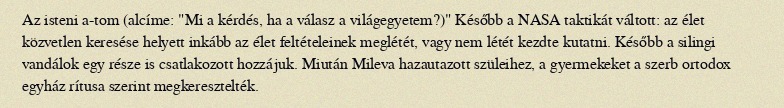
Az isteni a-tom (alcíme: "Mi a kérdés, ha a válasz a világegyetem?)" Később a NASA taktikát váltott: az élet közvetlen keresése helyett inkább az élet feltételeinek meglétét, vagy nem létét kezdte kutatni. Később a silingi vandálok egy része is csatlakozott hozzájuk. Miután Mileva hazautazott szüleihez, a gyermekeket a szerb ortodox egyház rítusa szerint megkeresztelték.